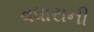
વધારાની